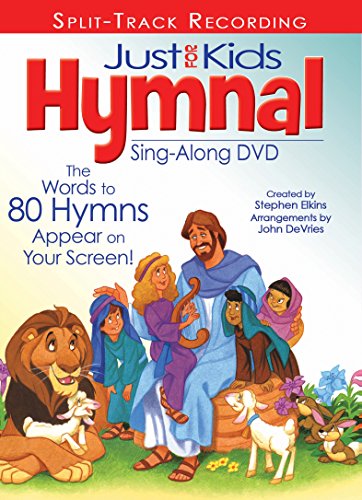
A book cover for The Kids Hymnal Sing-along; Christian Books & Bibles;